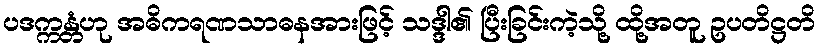
ပဒက္ကန္တံဟု အဓိကရဏသာဓနအားဖြင့် သဒ္ဒါ၏ ပြီးခြင်းကဲ့သို့ ထို့အတူ ဥပတိဋ္ဌတိ